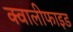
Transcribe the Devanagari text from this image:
क्वालीफाइड